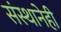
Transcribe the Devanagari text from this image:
संस्थानेही